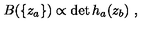
B ( \{ z _ { a } \} ) \propto \det h _ { a } ( z _ { b } ) \ ,